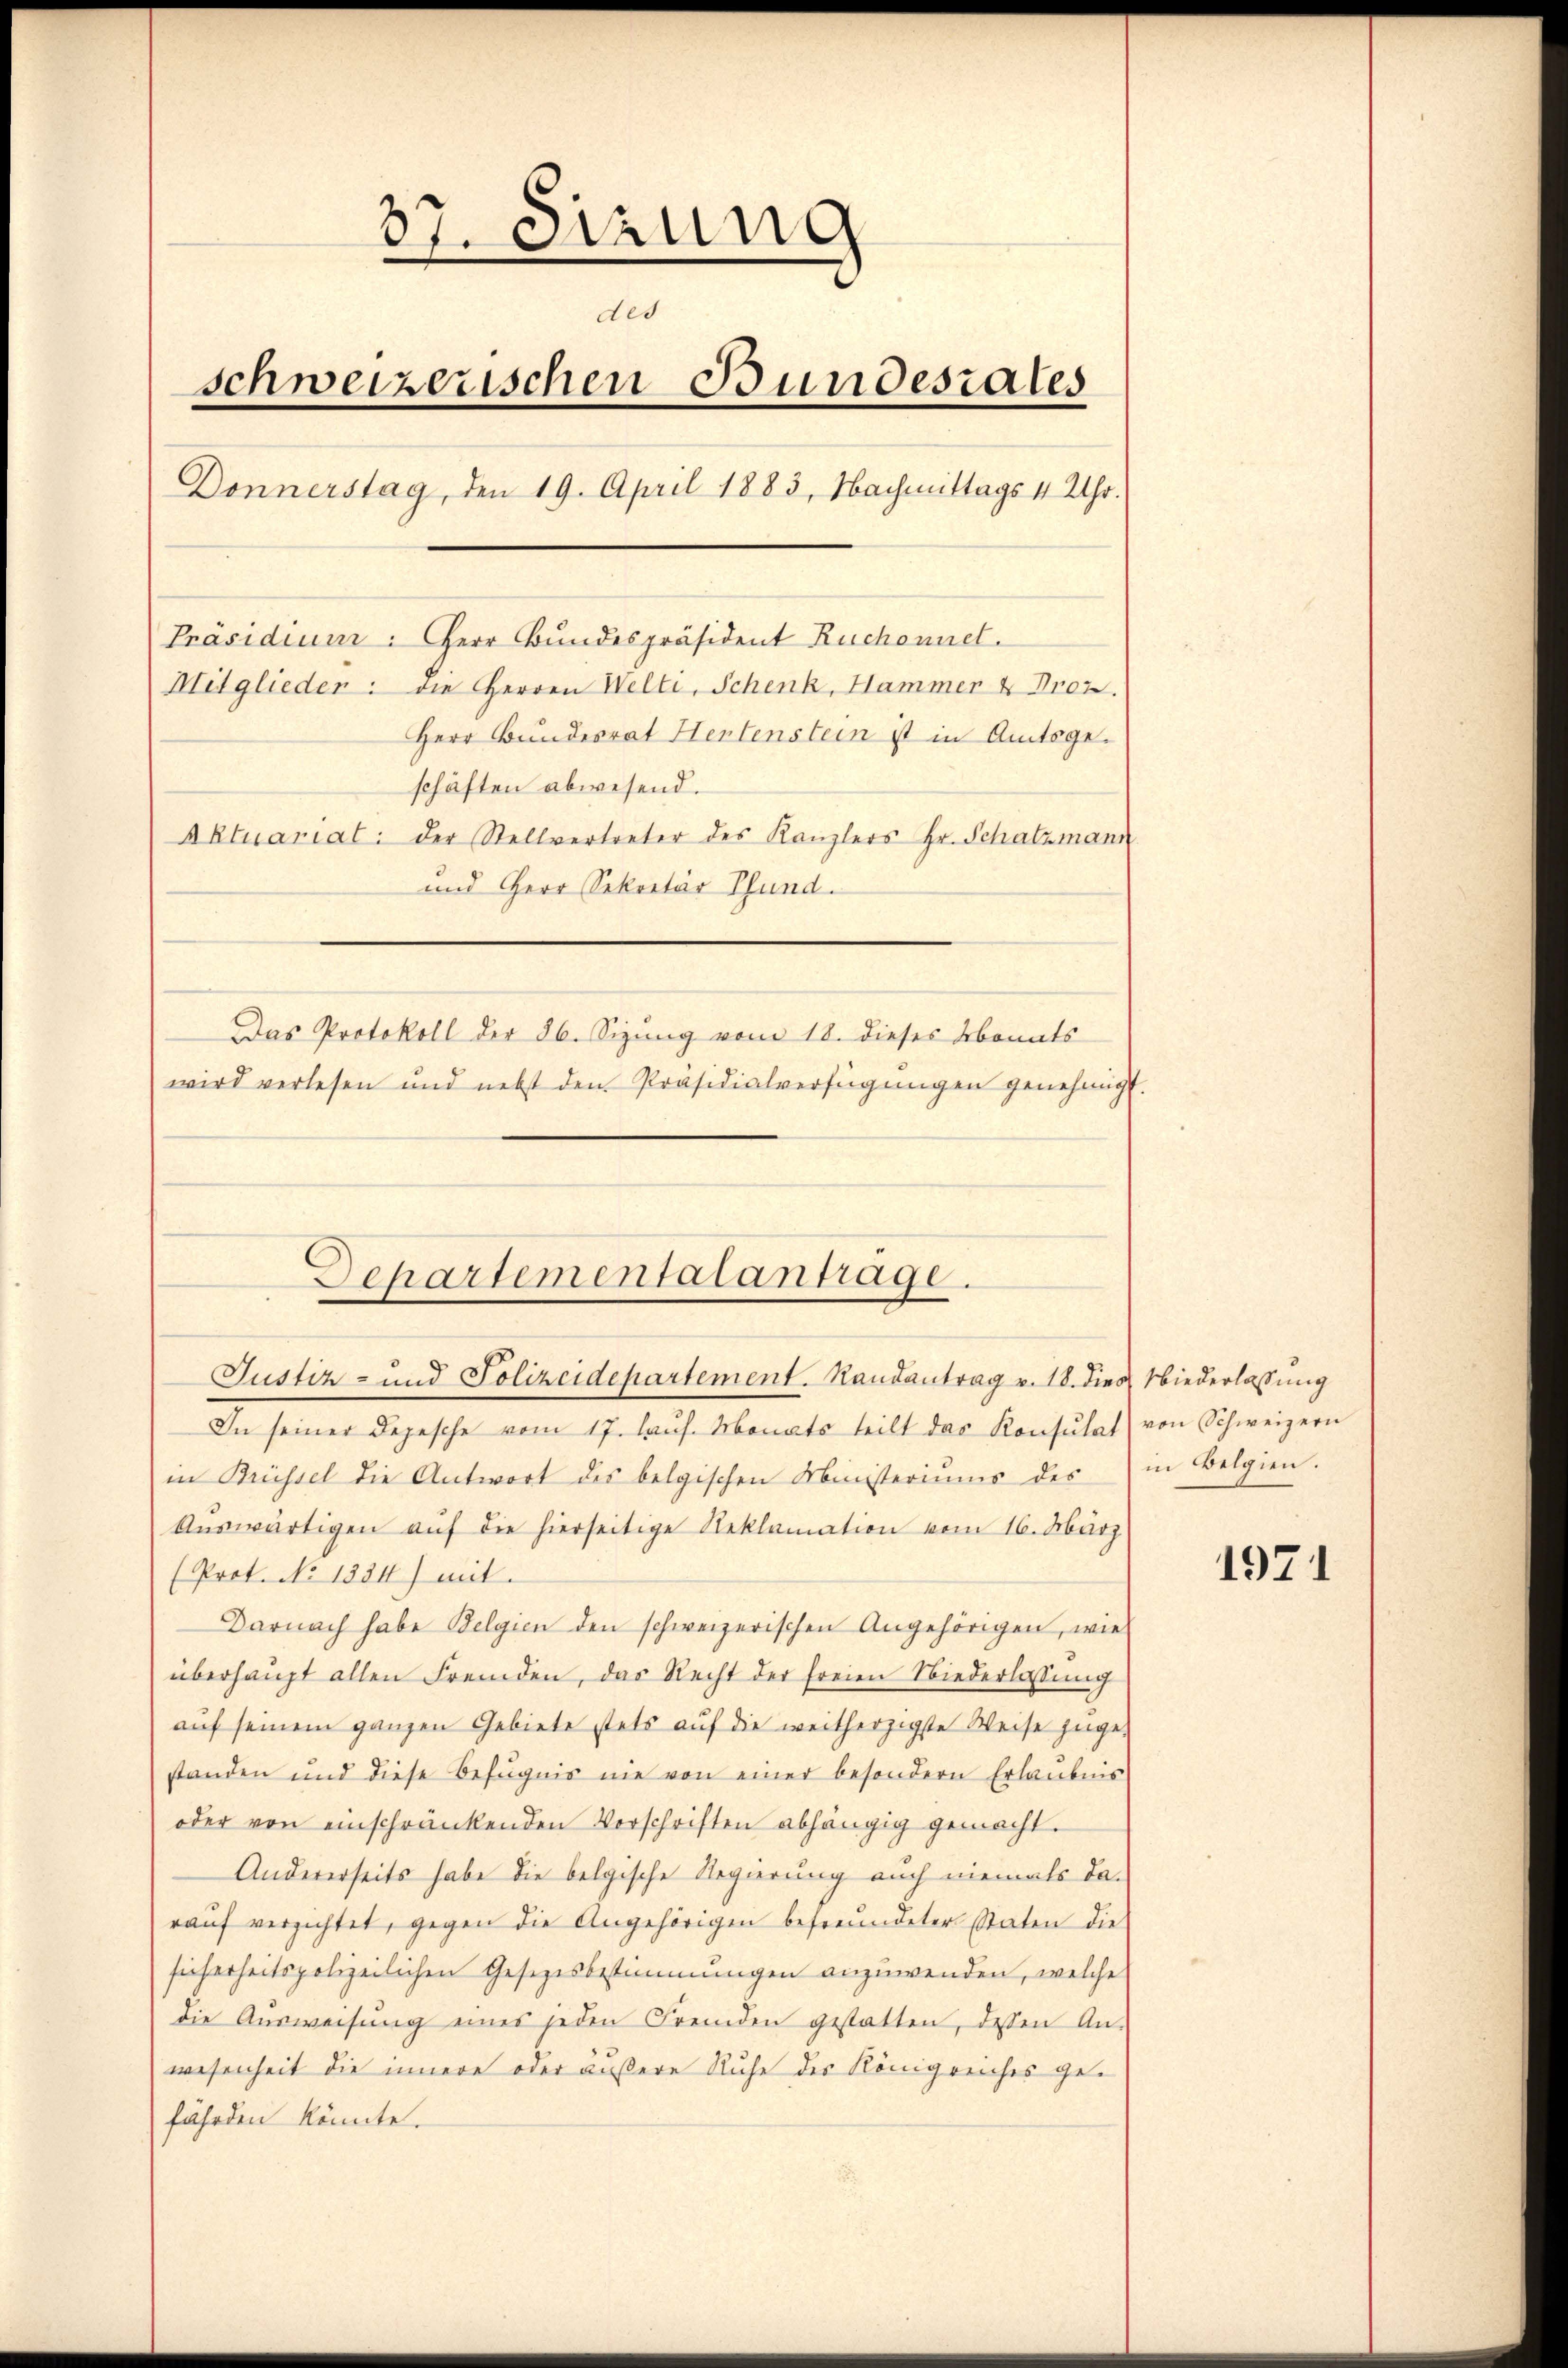
37. Sizung
des
schweizerischen Bundesrates
Donnerstag, den 19. April 1883, Nachmittags 4 Uhr.
Präsidium: Herr Bundespräsident Ruchonnet.
Mitglieder: die Herren Welti, Schenk, Hammer & Droz.
Herr Bundesrat Hentenstein ist in Amtsgeschäften abwesend.
Aktuariat: der Stellvertreter des Kanzlers Hr. Schatzmann
und Herr Sekretär Pfund
Das Protokoll der 36. Sizung vom 18. dieses Monats
wird verlesen und nebst den Präsidialverfügŭngen genehmigt.

Departementalantrage.
Justiz- und Polizeidepartement. Randantrag v. 18. dies Niederlassung

In seiner Depesche vom 17. laŭf. Monats teilt das Konsŭlat) von Schweizern
in Brüssel die Antwort des belgischen Ministeriums des in Belgien.
Aŭswärtigen aŭf die hierseitige Reklamation vom 16. März
(Prot. No 1334) mit
Darnach habe Belgien den schweizerischen Angehörigen, wie
überhaupt allen Fremden, das Recht der freien Niederlassung
aŭf seinem ganzen Gebiete stets aŭf die weitherzigste Weise zuge-
standen und diese Befugnis nie von einer besondern Erlaubnis
oder von einschränkenden Vorschriften abhängig gemacht.
Andererseits habe die belgische Regierung auch niemals darauf verzichtet, gegen die Angehörigen befreundeter Staten die
sicherheitspolizeilichen Gesezesbestimmungen anzuwenden, welche
die Ausweisung eines jeden Fremden gestatten, dessen An-
wesenheit die innere oder äußere Ruhe des Königreiches gefährden könnte.

1971